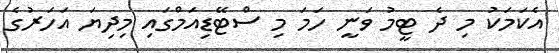
އެކަމަކު މި ދެ ޓީމު ވަނީ ހަމަ މި ސްޓޭޑިއަމްގައި މިދިޔަ އަހަރުގެ